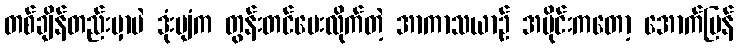
တစ်ချိန်တည်းမှာပဲ ဒုံးပျံက တွန်းတင်ပေးလိုက်တဲ့ အာကာသယာဉ် အပိုင်းကတော့ အောက်ပြန်